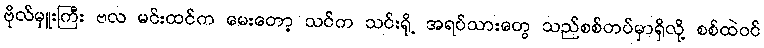
ဗိုလ်မှူးကြီး ဗလ မင်းထင်က မေးတော့ သင်က သင်းရို့ အရပ်သားတွေ သည်စစ်တပ်မှာရှိလို့ စစ်ထဲဝင်